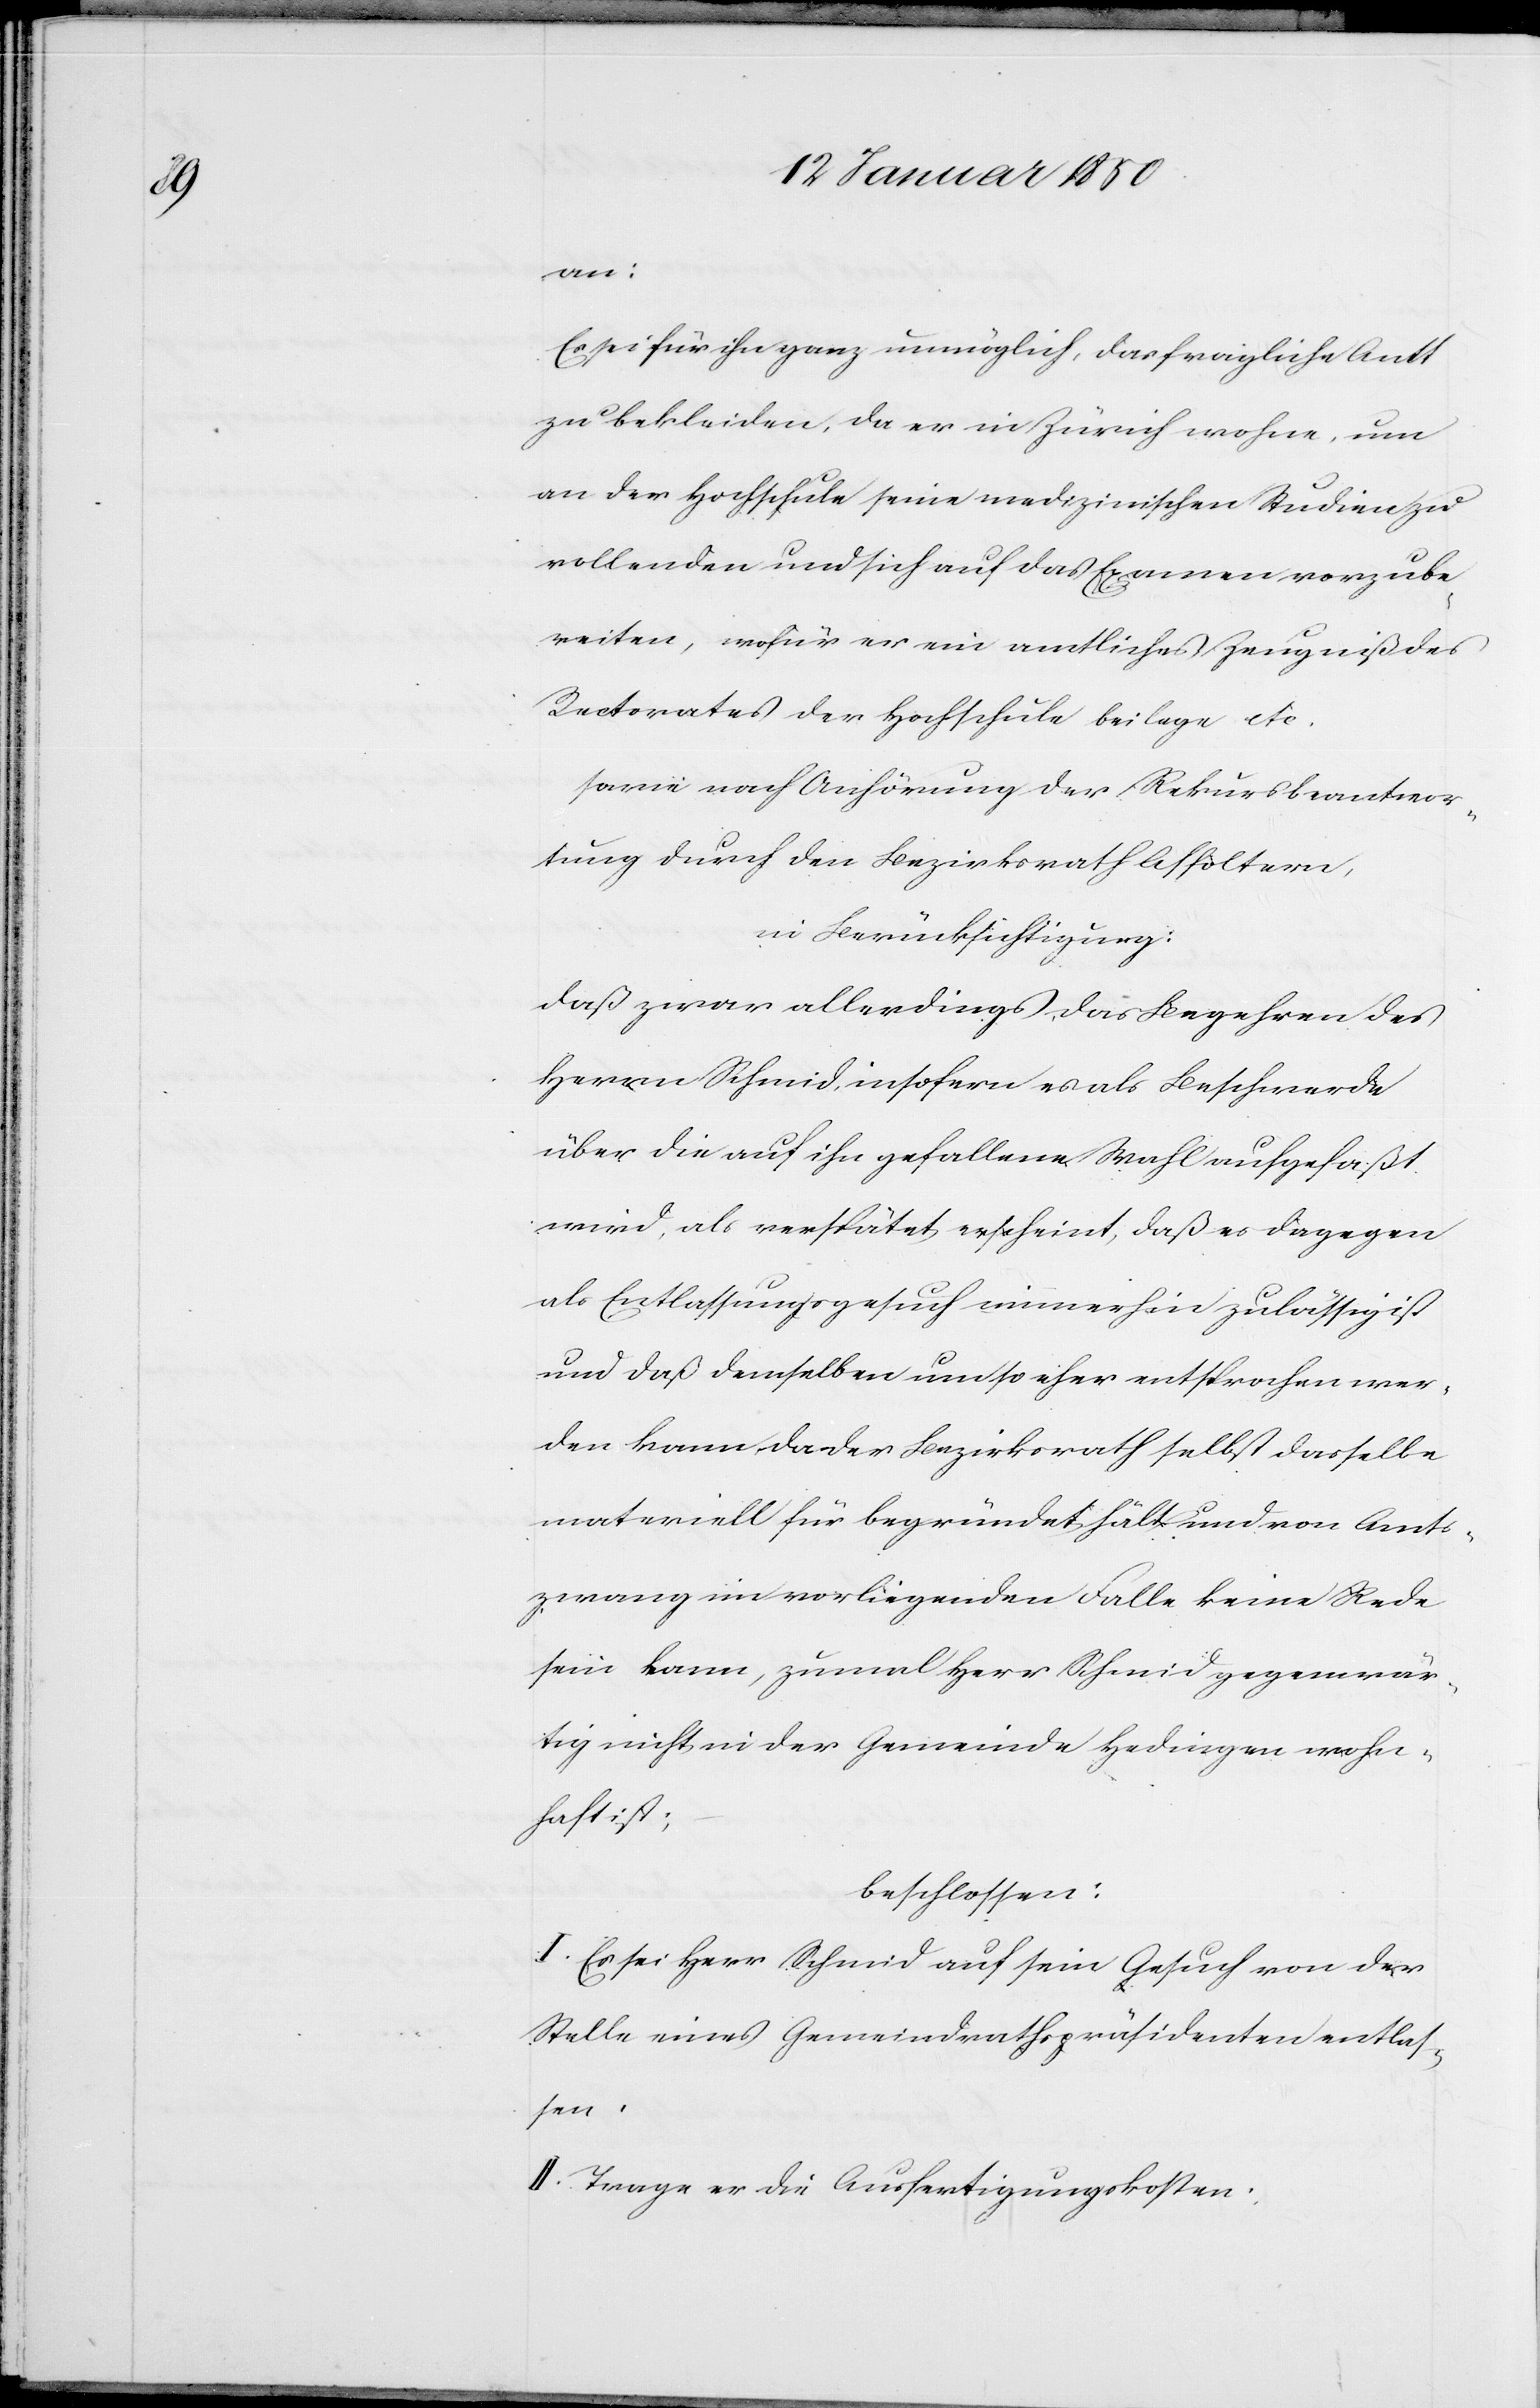
an:
Es sei für ihn ganz unmöglich, das fragliche Amt
zu bekleiden, da er in Zürich wohne, um
an der Hochschule seine medizinischen Studien zu
vollenden und sich auf das Examen vorzube¬
reiten, wofür er ein amtliches Zeugniß des
Rectorates der Hochschule beilege etc.
sowie nach Anhörung der Rekursbeantwor¬
tung durch den Bezirksrath Affoltern,
in Berücksichtigung:
daß zwar allerdings das Begehren des
Herrn Schmid, insofern es als Beschwerde
über die auf ihn gefallene Wahl aufgefaßt
wird, als verspätet erscheint, daß es dagegen
als Entlassungsgesuch immerhin zulässig ist
und daß demselben umso eher entsprochen wer¬
den kann, da der Bezirksrath selbst dasselbe
materiell für begründet hält und von Amts¬
zwang im vorliegenden Falle keine Rede
sein kann, zumal Herr Schmid gegenwär¬
tig nicht in der Gemeinde Hedingen wohn¬
haft ist;
beschlossen:
I. Es sei Herr Schmid auf sein Gesuch von der
Stelle eines Gemeindrathspräsidenten entlas¬
sen.
II. Trage er die Ausfertigungskosten.